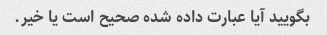
بگویید آیا عبارت داده شده صحیح است یا خیر.